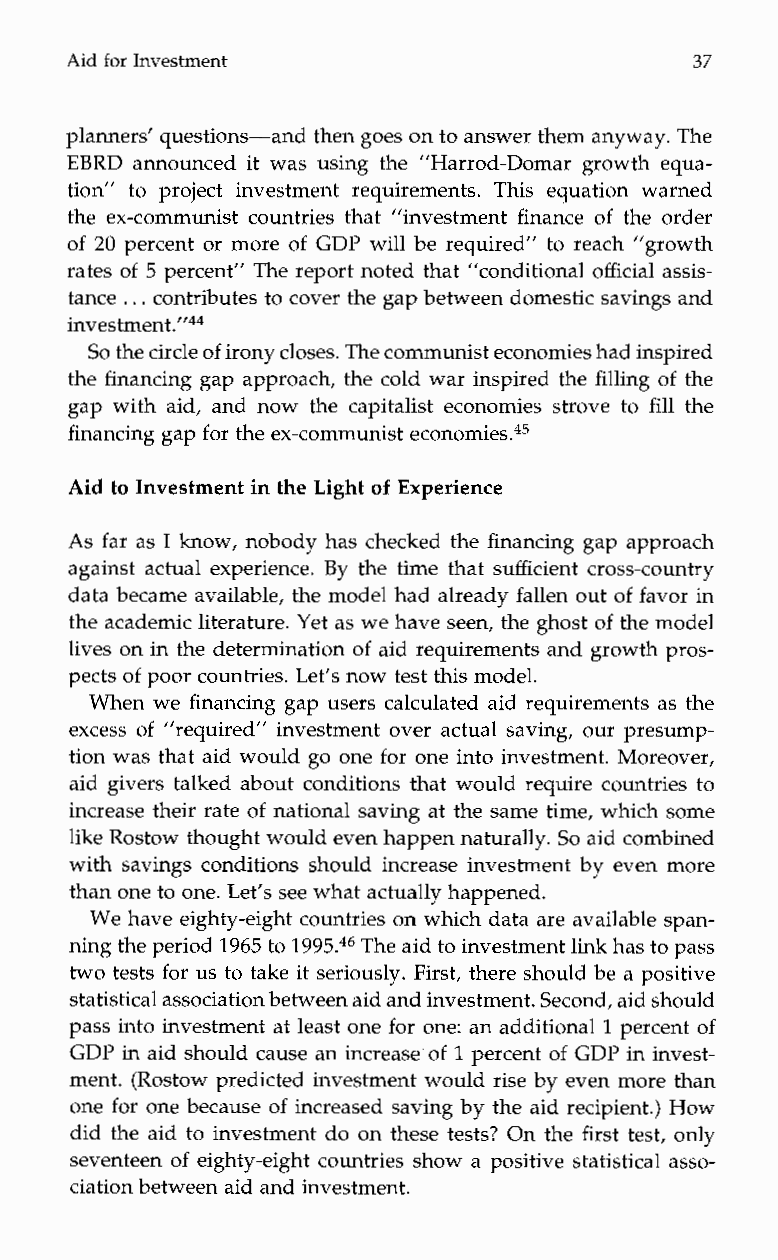
Aid for Investment                        37
 planners’ questions-and then goes on to answer them anyway.T he
 EBRD announced it was using the ”Harrod-Domar growth equa-
 tion”t o project investmentr equirements. This equationw arned
 the ex-communist countries that “investment finance of the order
 of 20 percent or more of GDP will be required” to reach “growth
 rates of 5 percent” The report noted that ”conditional official assis-
 tance .. . c ontributes to cover the gap between domestic savings and
 in~estment.”~~
 So the circle of irony closes. The communist economies had inspired
 the financing gap approach, the cold war inspired the filling of the
 gap with aid, and now the capitalist economies strove to fill the
 financing gap for the ex-communist economies.45
 Aid to Investment in the Light of Experience
 As far as I know, nobody has checked the financing gap approach
 against actual experience. By the time that sufficient cross-country
 data became available, the model had already fallen out of favor in
 the academic literature. Yet as we have seen, the ghosotf the model
 lives on in the determination of aid requirements and growth pros-
 pects of poor countries. Let’s now test this model.
 When we financing gap users calculated aid requirements as the
 excess of “required” investment over actual saving, our presump-
 tion was that aid would go one for one into investment. Moreover,
 aid givers talked about conditions that would require countries to
 increase their rate of national saving at the same time, which some
 like Rostow thought would even happen naturally. So aid combined
 with savings conditions should increase investment by even more
 than one to oneL. et’s see what actually happened.
 We have eighty-eight countries on which data are available span-
 ning the period 1965 to 1995.46 Thea id to investment link has to pass
 two tests for us to take it seriously. First, there should be a positive
 statistical association between aid and investmSeenct.o nd, aid should
 pass into investment at least one for one: an additional 1 percent of
 GDP in aid should cause an increase of 1 percent of GDP in invest-
 ment. (Rostow predicted investment would rise by even more than
 one for one because of increased saving by the aid recipient.) How
 did the aid to investment do on these tests? On the first test, only
 seventeen of eighty-eight countries show a positive statistical asso-
 ciation between aid and investment.